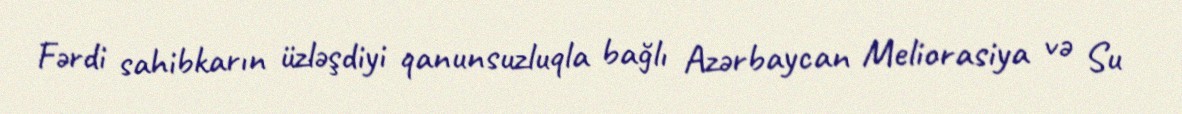
Fərdi sahibkarın üzləşdiyi qanunsuzluqla bağlı Azərbaycan Meliorasiya və Su